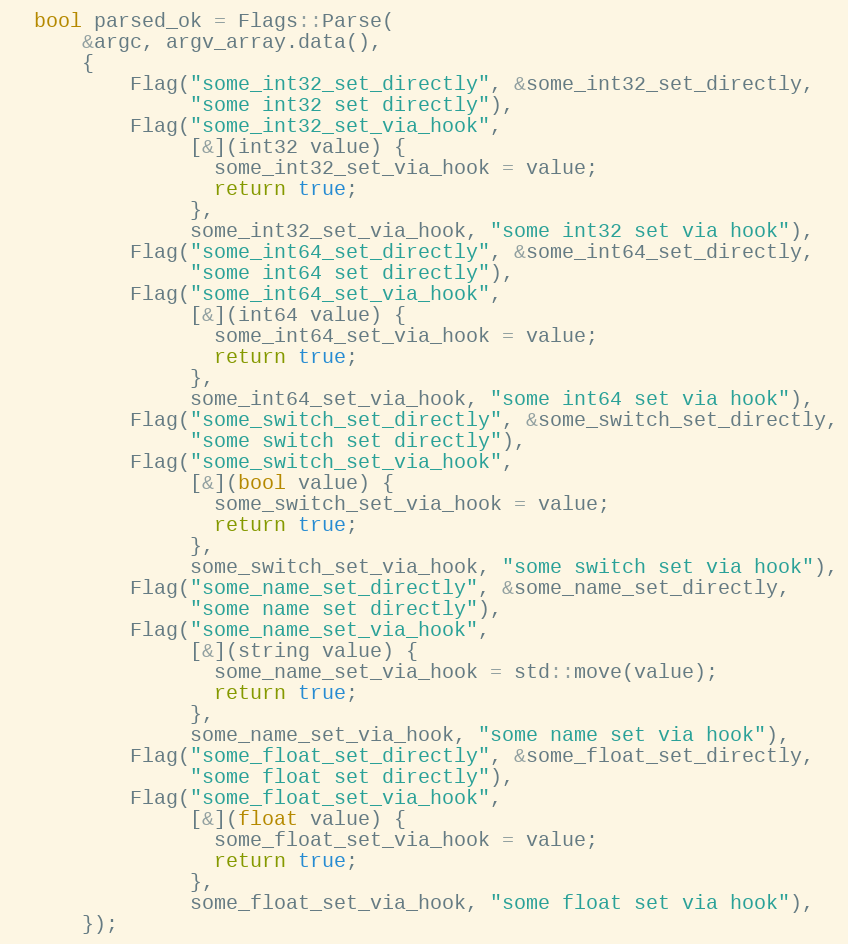
Language: C++
  bool parsed_ok = Flags::Parse(
      &argc, argv_array.data(),
      {
          Flag("some_int32_set_directly", &some_int32_set_directly,
               "some int32 set directly"),
          Flag("some_int32_set_via_hook",
               [&](int32 value) {
                 some_int32_set_via_hook = value;
                 return true;
               },
               some_int32_set_via_hook, "some int32 set via hook"),
          Flag("some_int64_set_directly", &some_int64_set_directly,
               "some int64 set directly"),
          Flag("some_int64_set_via_hook",
               [&](int64 value) {
                 some_int64_set_via_hook = value;
                 return true;
               },
               some_int64_set_via_hook, "some int64 set via hook"),
          Flag("some_switch_set_directly", &some_switch_set_directly,
               "some switch set directly"),
          Flag("some_switch_set_via_hook",
               [&](bool value) {
                 some_switch_set_via_hook = value;
                 return true;
               },
               some_switch_set_via_hook, "some switch set via hook"),
          Flag("some_name_set_directly", &some_name_set_directly,
               "some name set directly"),
          Flag("some_name_set_via_hook",
               [&](string value) {
                 some_name_set_via_hook = std::move(value);
                 return true;
               },
               some_name_set_via_hook, "some name set via hook"),
          Flag("some_float_set_directly", &some_float_set_directly,
               "some float set directly"),
          Flag("some_float_set_via_hook",
               [&](float value) {
                 some_float_set_via_hook = value;
                 return true;
               },
               some_float_set_via_hook, "some float set via hook"),
      });